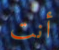
أنت